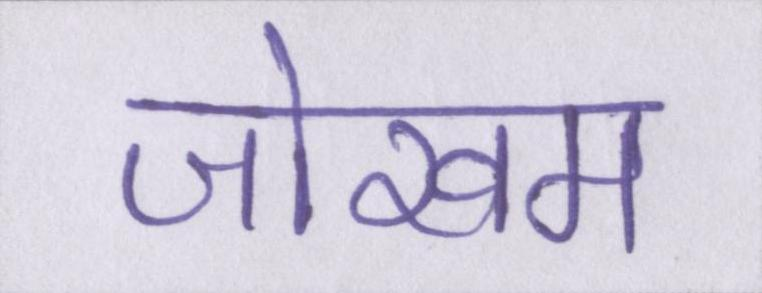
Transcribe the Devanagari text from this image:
जोखम